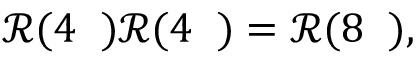
\begin{array} { r } { \mathcal { R } ( 4 { \it \Delta \Psi } ) \mathcal { R } ( 4 { \it \Delta \Psi } ) = \mathcal { R } ( 8 { \it \Delta \Psi } ) , } \end{array}